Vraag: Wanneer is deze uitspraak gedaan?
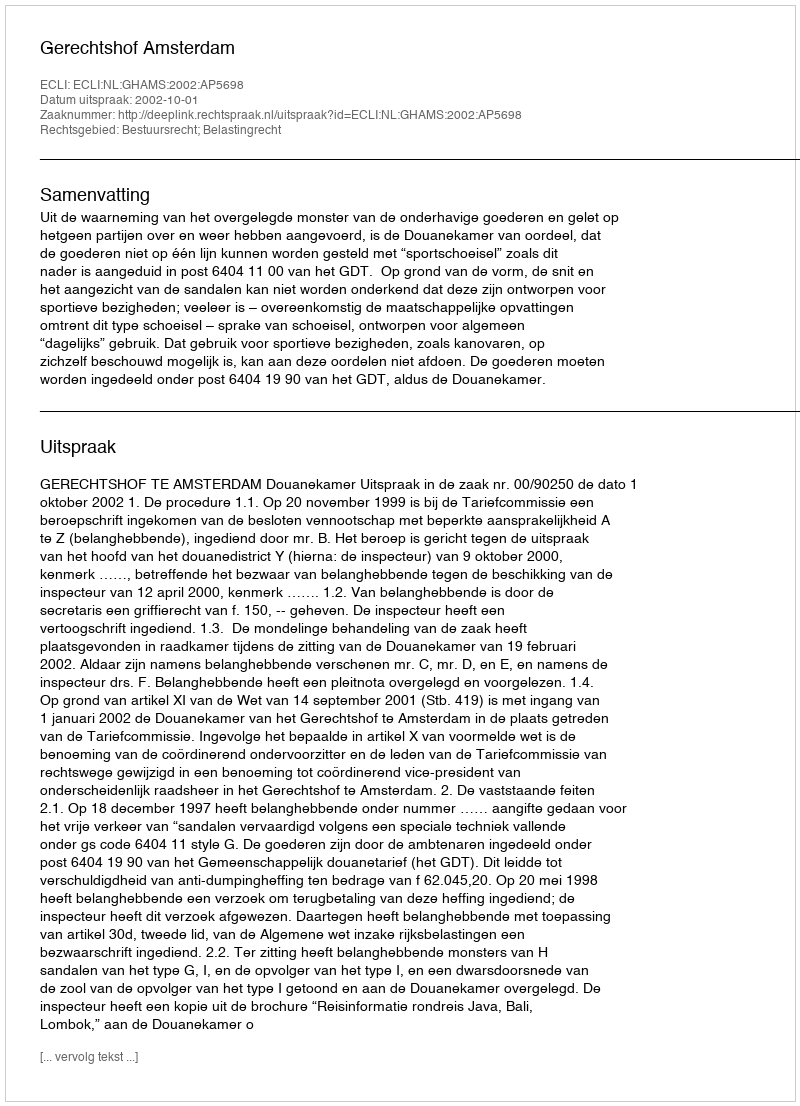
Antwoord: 2002-10-01